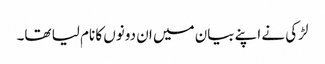
لڑکی نے اپنے بیان میں ان دونوں کا نام لیا تھا۔